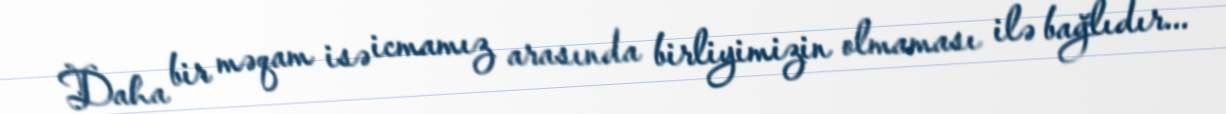
Daha bir məqam isə icmamız arasında birliyimizin olmaması ilə bağlıdır...